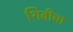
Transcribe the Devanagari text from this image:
शिवीचा